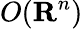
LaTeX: O(\mathbf{R}^{n})